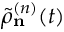
\tilde { \rho } _ { \bf n } ^ { ( n ) } ( t )